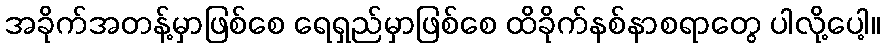
အခိုက်အတန့်မှာဖြစ်စေ ရေရှည်မှာဖြစ်စေ ထိခိုက်နစ်နာစရာတွေ ပါလို့ပေါ့။